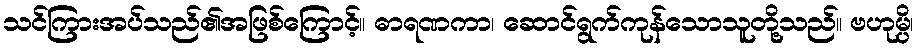
သင်ကြားအပ်သည်၏အဖြစ်ကြောင့်။ ဓာရဏကာ၊ ဆောင်ရွက်ကုန်သောသူတို့သည်။ ဗဟုမ္ပိ၊